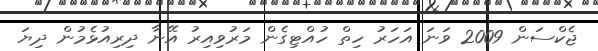
ޖެކްސަން 2009 ވަނަ އަހަރު ހިތް ހުއްޓިގެން މަރުވިއިރު އޭނާ ދިރިއުޅެމުން ދިޔަ